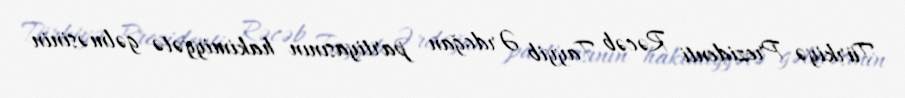
Türkiyə Prezidenti Rəcəb Tayyib Ərdoğan partiyasının hakimiyyətə gəlməsinin